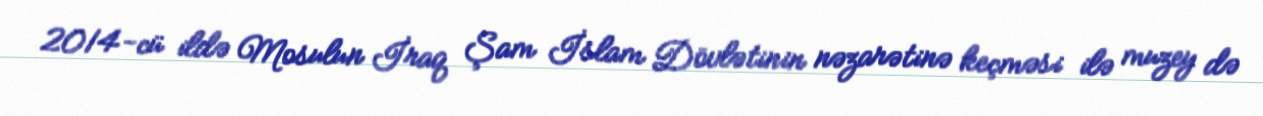
2014-cü ildə Mosulun İraq Şam İslam Dövlətinin nəzarətinə keçməsi ilə muzey də